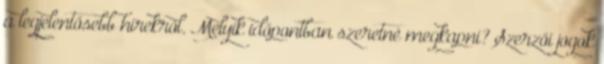
a legjelentősebb hírekről. Melyik időpontban szeretné megkapni? Szerzői jogok